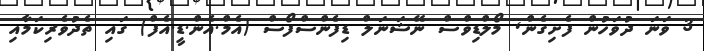
3 ވަނަ ދުވަހުން ފެށިގެން